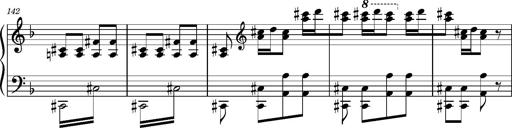
Title: Ungarischer Romanzero
Composer: Franz Liszt